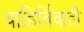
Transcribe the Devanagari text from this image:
वाहिर्विवाही